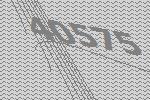
40575